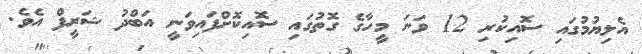
އެލިޔުމުގައި ސޮއިކުރި 12 ވަނަ މީހާގެ ގޮތުގައި ސޮއިކޮށްފައިވަނީ އަބްދު ޝަރީފް އެވެ.